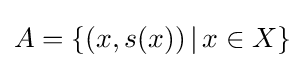
A=\{(x,s(x))\,|\,x\in X\}